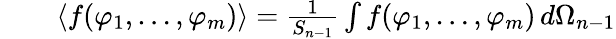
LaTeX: \begin{array}{rlr}{\! \! \! }&{{}}&{\langle f(\varphi_{1},\ldots,\varphi_{m})\rangle=\frac{1}{S_{n-1}}\int f(\varphi_{1},\ldots,\varphi_{m})\, d\Omega_{n-1}}\end{array}